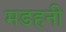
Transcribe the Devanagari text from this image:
मडहनी